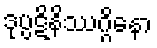
ဒုပ္ပဋိနိဿဂ္ဂိနော